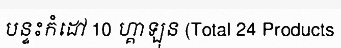
បន្ទះកំដៅ 10 ហ្គាឡុន (Total 24 Products